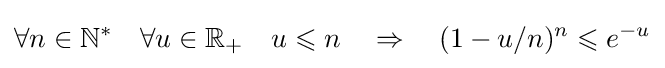
\forall n\in \mathbb {N} ^{*}\quad \forall u\in \mathbb {R} _{+}\quad u\leqslant n\quad \Rightarrow \quad (1-u/n)^{n}\leqslant e^{-u}